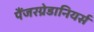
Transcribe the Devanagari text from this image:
पैंजरग्रेडानियर्स